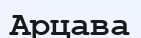
Арцава